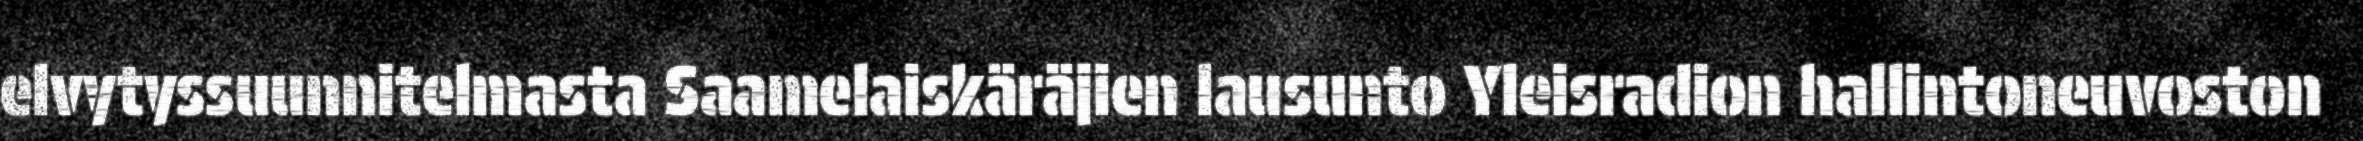
elvytyssuunnitelmasta Saamelaiskäräjien lausunto Yleisradion hallintoneuvoston